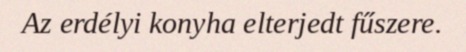
Az erdélyi konyha elterjedt fűszere.